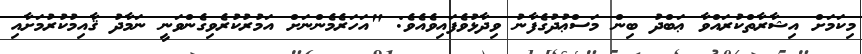
މިކަމަށް އިޝާރާތްކުރައްވާ ޢަބްދު ބިން މަސްޢުދުގެފާނު ވިދާޅުވެފައިވެއެވެ: "އަހަރެމެންނަށް އަމުރުކުރެވިގެންވަނީ ނަމާދު ޤާއިމުކުރުމަށާއި